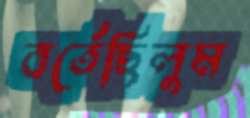
বর্তেছিলুম